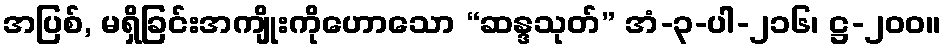
အပြစ်, မရှိခြင်းအကျိုးကိုဟောသော “ဆန္ဒသုတ်” အံ-၃-ပါ-၂၁၆၊ ဋ္ဌ-၂၀၀။